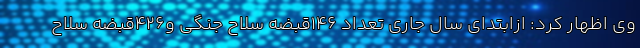
وی اظهار کرد: ازابتدای سال جاری تعداد ۱۴۶قبضه سلاح جنگی و۴۲۶قبضه سلاح